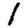
Digit: 1